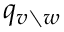
q _ { v \setminus w }